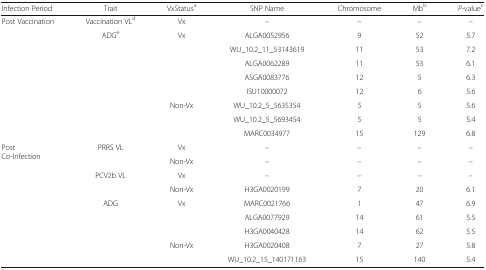
| Infection Period | Trait | VxStatusa | SNP Name | Chromosome | Mbb | P-valuec |
 | --- | --- | --- | --- | --- | --- | --- |
 | <ROWSPAN=9> Post Vaccination | Vaccination VLd | Vx | – | – | – | – |
 | <ROWSPAN=8> ADGe | <ROWSPAN=5> Vx | ALGA0052956 | 9 | 52 | 5.7 |
 | WU_10.2_11_53143619 | 11 | 53 | 7.2 |
 | ALGA0062289 | 11 | 53 | 6.1 |
 | ASGA0083776 | 12 | 5 | 6.3 |
 | ISU10000072 | 12 | 6 | 5.6 |
 | <ROWSPAN=3> Non-Vx | WU_10.2_5_5635354 | 5 | 5 | 5.6 |
 | WU_10.2_5_5693454 | 5 | 5 | 5.4 |
 | MARC0034977 | 15 | 129 | 6.8 |
 | <ROWSPAN=9> PostCo-Infection | <ROWSPAN=2> PRRS VL | Vx | – | – | – | – |
 | Non-Vx | – | – | – | – |
 | <ROWSPAN=2> PCV2b VL | Vx | – | – | – | – |
 | Non-Vx | H3GA0020199 | 7 | 20 | 6.1 |
 | <ROWSPAN=5> ADG | <ROWSPAN=3> Vx | MARC0021766 | 1 | 47 | 6.9 |
 | ALGA0077929 | 14 | 61 | 5.5 |
 | H3GA0040428 | 14 | 62 | 5.5 |
 | <ROWSPAN=2> Non-Vx | H3GA0020408 | 7 | 27 | 5.8 |
 | WU_10.2_15_140171163 | 15 | 140 | 5.4 |